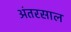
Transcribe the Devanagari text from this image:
अंतरसाल